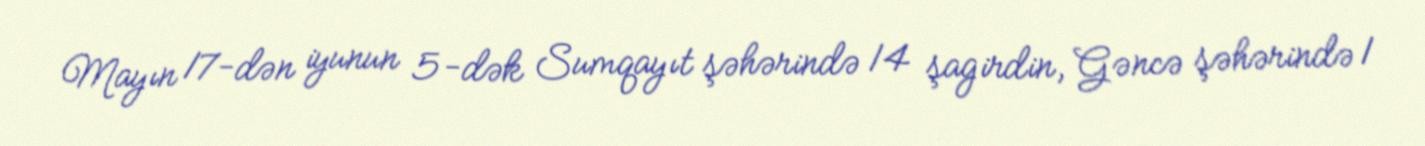
Mayın 17-dən iyunun 5-dək Sumqayıt şəhərində 14 şagirdin, Gəncə şəhərində 1